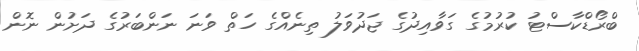
ބްރޯޑްކާސްޓު ކުރުމުގެ ގަވާއިދުގެ ޖަދުވަލު ތިނެއްގެ ހަތް ވަނަ ނަންބަރުގެ ދަށުން ނޮން